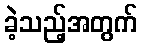
ခဲ့သည့်အတွက်